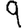
Digit: 9